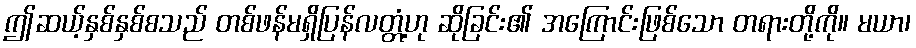
ဤဆယ့်နှစ်နှစ်စသည် တစ်ဖန်မရှိပြန်လတ္တံ့ဟု ဆိုခြင်း၏ အကြောင်းဖြစ်သော တရားတို့ကို။ မယာ၊